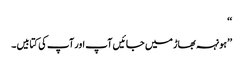
‘‘
’’ہونہہ بھاڑ میں جائیں آپ اور آپ کی کتابیں۔